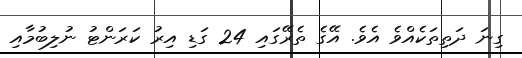
ގިނަ ދަތިތަކެއްވެ އެވެ. އޭގެ ތެރޭގައި 24 ގަޑި އިރު ކަރަންޓު ނުލިބުމާއި